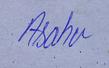
Signature authenticity: genuine